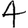
Digit: 4